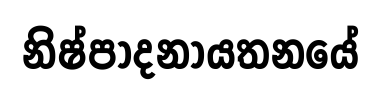
නිෂ්පාදනායතනයේ